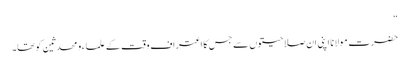
“
حضرت مولانا اپنی ان صلاحیتوں سے جس کا اعتراف وقت کے علماء و محدثین کو تھا۔